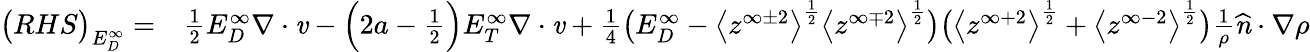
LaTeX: \begin{array}{rl}{\big(RHS\big)_{E_{D}^{\infty}}=}&{{}\frac{1}{2}E_{D}^{\infty}\mathbf{\nabla}\cdot\textbf{\emph{v}}-\Big(2a-\frac{1}{2}\Big)E_{T}^{\infty}\mathbf{\nabla}\cdot\textbf{\emph{v}}+\frac{1}{4}\big(E_{D}^{\infty}-\big<z^{\infty\pm 2}\big>^{\frac{1}{2}}\big<z^{\infty\mp 2}\big>^{\frac{1}{2}}\big)\big(\big<z^{\infty+2}\big>^{\frac{1}{2}}+\big<z^{\infty-2}\big>^{\frac{1}{2}}\big)\frac{1}{\rho}\textbf{\emph{\^ n}}\cdot\mathbf{\nabla}\rho}\end{array}